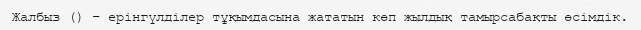
Жалбыз () – ерінгүлділер тұқымдасына жататын көп жылдық тамырсабақты өсімдік.